King Institute of Preventive Medicine Micro-Biological Section reports 1909-11
Year: 1909
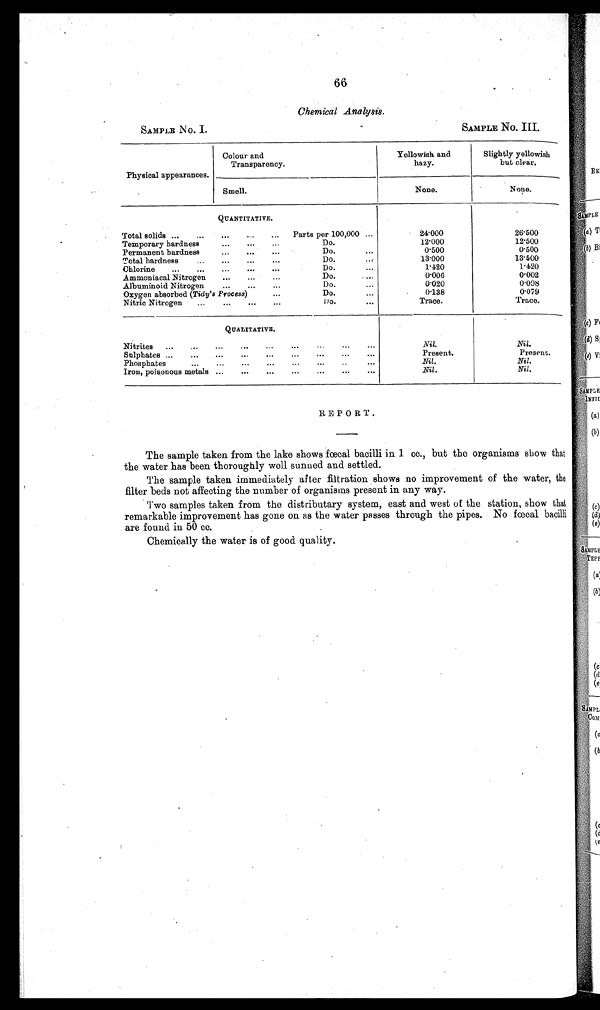
66
Chemical Analysis.
SAMPLE No. I.
SAMPLE No. III.
Physical appearances.
Colour and
Transparency.
Yellowish and
hazy.
Slightly yellowish
but clear.
Smell.
None.
None.
QUANTITATIVE.
Total solids ...
...
...
...
Parts per 100,000 ...
Temporary hardness
...
...
...
Do.
Permanent hardness
...
...
...
Do.
...
Total hardness
...
...
...
Do.
Chlorine
...
...
...
...
...
Do.
...
Ammoniacal Nitrogen
...
...
...
Do.
'...
Albuminoid Nitrogen
...
...
Do.
...
Oxygen absorbed (Tidy's Process)
...
Do.
...
Nitric Nitrogen
...
...
...
...
Do.
...
24.000
12.000
0.500
13.000
1.420
0.006
0.020
0.138
Trace.
2 6 . 5 0 0
12.500
0.500
13.500
1.120
0 . 0 0 2
0.098
0.079
Trace.
QUALITATIVE.
Nitrites...
...
...
...
...
...
...
...
S ulphates ...
...
...
...
...
...
...
...
...
Phosphates...
...
...
...
...
...
..
...
Iron, poisonous metals ...
...
...
...
...
...
...
Nil.
Present.
Nil.
Nil.
Nil.
Present.
Nil.
Nil.
REPORT.
The sample taken from the lake shows fœcal bacilli in 1 cc., but the organisms sh ow that
the water has been thoroughly well sunned and settled.
The sample taken immediately after filtration shows no improvement of the water, the
filter beds not affecting the number of organisms present in any way.
Two samples taken from the distributary system, east and west of the station, show that
remarkable improvement has gone on as the water passes through the pipes. No fœcal bacilli
are found in 50 cc.
Chemically the water is of good quality.